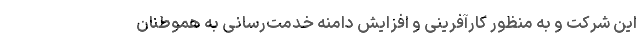
این شرکت و به منظور کارآفرینی و افزایش دامنه خدمت‌رسانی به هموطنان